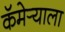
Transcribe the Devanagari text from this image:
कॅमेर्‍याला